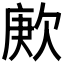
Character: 𬅪